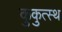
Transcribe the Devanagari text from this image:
कुकुत्स्थ